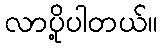
လာပို့ပါတယ်။